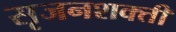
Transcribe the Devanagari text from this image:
सृजनशक्ती